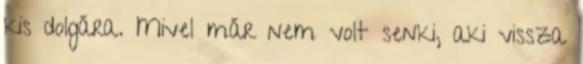
kis dolgára. Mivel már nem volt senki, aki vissza